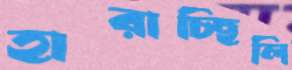
হারাচ্ছিলি